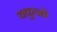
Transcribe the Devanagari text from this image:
यकुशो